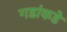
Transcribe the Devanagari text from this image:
गडांकडे